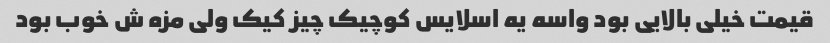
قیمت خیلی بالایی بود واسه یه اسلایس کوچیک چیز کیک ولی مزه ش خوب بود